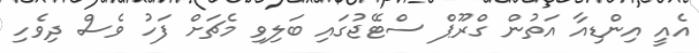
އެއީ އިންޑިއާ އަތުން ގްރޫޕް ސްޓޭޖުގައި ބަލިވި މެޗަށް ފަހު ވެސް ދިވެހި